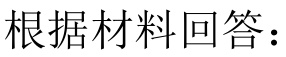
根据材料回答：